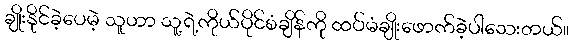
ချိုးနိုင်ခဲ့ပေမဲ့ သူဟာ သူ့ရဲ့ကိုယ်ပိုင်စံချိန်ကို ထပ်မံချိုးဖောက်ခဲ့ပါသေးတယ်။